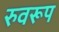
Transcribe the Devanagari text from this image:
रुवरूप